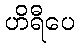
ဟိရီပေ